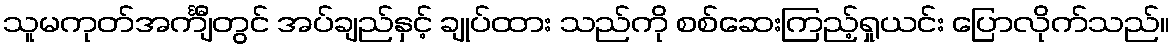
သူမကုတ်အင်္ကျီတွင် အပ်ချည်နှင့် ချုပ်ထား သည်ကို စစ်ဆေးကြည့်ရှုယင်း ပြောလိုက်သည်။